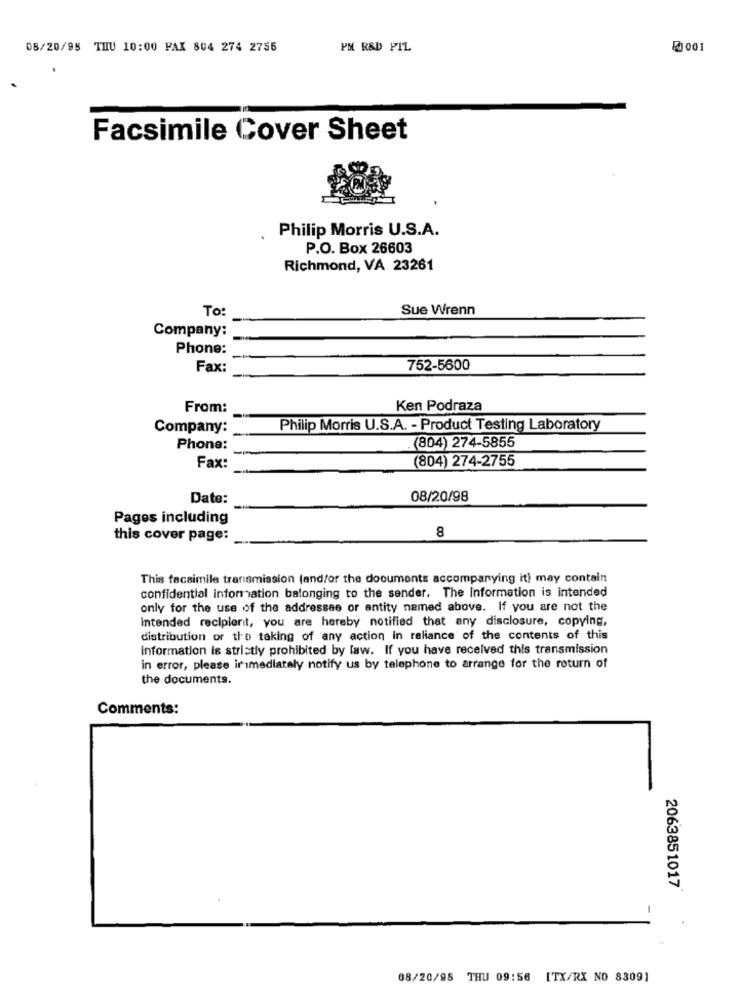
08/20/95 THU 10:00 FAX 804 274 2755
PM R&D PIL
001
Facsimile Cover Sheet
Philip Morris U.S.A.
P.O. Box 26603
Richmond, VA 23261
To:
Sue Wrenn
Company:
Phone:
Fax:
752-5600
From:
Ken Podraza
Company:
Philip Morris U.S.A. - Product Testing Laboratory
Phone:
.(804) 274-5855
(804) 274-2755
Fax:
Date:
08/20/98
Pages including
8
this cover page:
This facsimile transmission (and/or the documents accompanying it) may contain
confidential information belonging to the sender. The information is intended
only for the use of the addressee or entity named above. If you are not the
Intended recipient, you are hereby notified that any disclosure, copying,
distribution or the taking of any action in reliance of the contents of this
information is strictly prohibited by law. If you have received this transmission
in error, please ir imediately notify us by telephone to arrange for the return of
the documents.
Comments:
2063851017
-
08/20/98 THU 09:56 [TX/RX NO 8309]